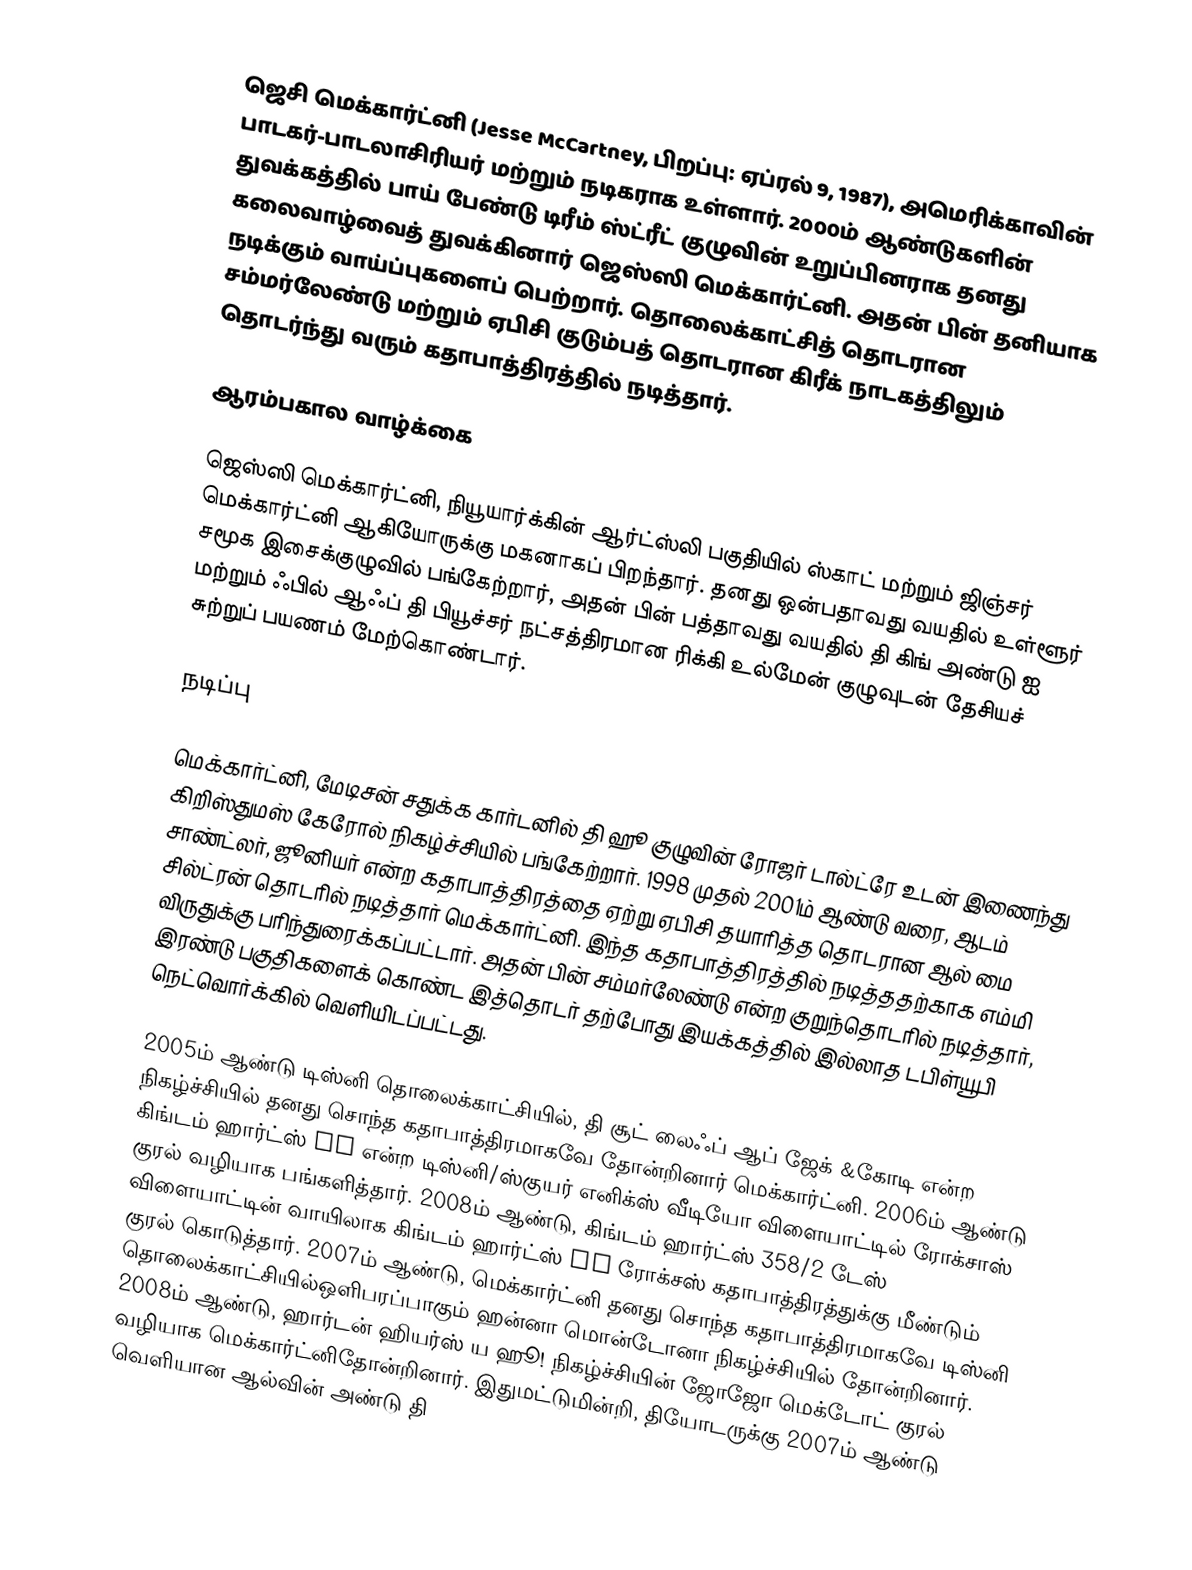
ஜெசி மெக்கார்ட்னி (Jesse McCartney, பிறப்பு: ஏப்ரல் 9, 1987), அமெரிக்காவின் பாடகர்-பாடலாசிரியர் மற்றும் நடிகராக உள்ளார். 2000ம் ஆண்டுகளின் துவக்கத்தில் பாய் பேண்டு டிரீம் ஸ்ட்ரீட் குழுவின் உறுப்பினராக தனது கலைவாழ்வைத் துவக்கினார் ஜெஸ்ஸி மெக்கார்ட்னி. அதன் பின் தனியாக நடிக்கும் வாய்ப்புகளைப் பெற்றார். தொலைக்காட்சித் தொடரான சம்மர்லேண்டு மற்றும் ஏபிசி குடும்பத் தொடரான கிரீக் நாடகத்திலும் தொடர்ந்து வரும் கதாபாத்திரத்தில் நடித்தார்.

ஆரம்பகால வாழ்க்கை

ஜெஸ்ஸி மெக்கார்ட்னி, நியூயார்க்கின் ஆர்ட்ஸ்லி பகுதியில் ஸ்காட் மற்றும் ஜிஞ்சர் மெக்கார்ட்னி ஆகியோருக்கு மகனாகப் பிறந்தார். தனது ஒன்பதாவது வயதில் உள்ளூர் சமூக இசைக்குழுவில் பங்கேற்றார், அதன் பின் பத்தாவது வயதில் தி கிங் அண்டு ஐ மற்றும் ஃபில் ஆஃப் தி பியூச்சர் நட்சத்திரமான ரிக்கி உல்மேன் குழுவுடன் தேசியச் சுற்றுப் பயணம் மேற்கொண்டார்.

நடிப்பு

மெக்கார்ட்னி, மேடிசன் சதுக்க கார்டனில் தி ஹூ குழுவின் ரோஜர் டால்ட்ரே உடன் இணைந்து கிறிஸ்துமஸ் கேரோல் நிகழ்ச்சியில் பங்கேற்றார். 1998 முதல் 2001ம் ஆண்டு வரை, ஆடம் சாண்ட்லர், ஜூனியர் என்ற கதாபாத்திரத்தை ஏற்று ஏபிசி தயாரித்த தொடரான ஆல் மை சில்ட்ரன் தொடரில் நடித்தார் மெக்கார்ட்னி. இந்த கதாபாத்திரத்தில் நடித்ததற்காக எம்மி விருதுக்கு பரிந்துரைக்கப்பட்டார். அதன் பின் சம்மர்லேண்டு என்ற குறுந்தொடரில் நடித்தார், இரண்டு பகுதிகளைக் கொண்ட இத்தொடர் தற்போது இயக்கத்தில் இல்லாத டபிள்யூபி நெட்வொர்க்கில் வெளியிடப்பட்டது.

2005ம் ஆண்டு டிஸ்னி தொலைக்காட்சியில், தி சூட் லைஃப் ஆப் ஜேக் &கோடி என்ற நிகழ்ச்சியில் தனது சொந்த கதாபாத்திரமாகவே தோன்றினார் மெக்கார்ட்னி. 2006ம் ஆண்டு கிங்டம் ஹார்ட்ஸ் II என்ற டிஸ்னி/ஸ்குயர் எனிக்ஸ் வீடியோ விளையாட்டில் ரோக்சாஸ் குரல் வழியாக பங்களித்தார். 2008ம் ஆண்டு, கிங்டம் ஹார்ட்ஸ் 358/2 டேஸ் விளையாட்டின் வாயிலாக கிங்டம் ஹார்ட்ஸ் II ரோக்சஸ் கதாபாத்திரத்துக்கு மீண்டும் குரல் கொடுத்தார். 2007ம் ஆண்டு, மெக்கார்ட்னி தனது சொந்த கதாபாத்திரமாகவே டிஸ்னி தொலைக்காட்சியில்ஒளிபரப்பாகும் ஹன்னா மொன்டோனா நிகழ்ச்சியில் தோன்றினார். 2008ம் ஆண்டு, ஹார்டன் ஹியர்ஸ் ய ஹூ! நிகழ்ச்சியின் ஜோஜோ மெக்டோட் குரல் வழியாக மெக்கார்ட்னிதோன்றினார்.   இதுமட்டுமின்றி, தியோடருக்கு 2007ம் ஆண்டு வெளியான  ஆல்வின் அண்டு தி